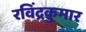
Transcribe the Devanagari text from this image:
रविंद्रकुमार